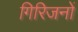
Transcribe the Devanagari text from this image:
गिरिजनों